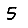
Digit: 5